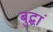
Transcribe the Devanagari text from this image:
बुद्धां